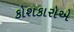
કોશકારોએ